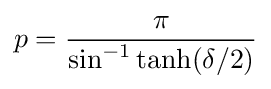
p={\frac {\pi }{\sin ^{-1}\tanh(\delta /2)}}